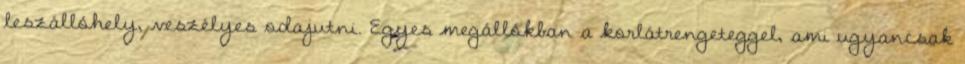
leszállóhely, veszélyes odajutni. Egyes megállókban a korlátrengeteggel, ami ugyancsak